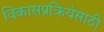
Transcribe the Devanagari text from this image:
विकासप्रक्रियेसाठी